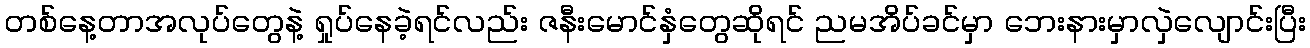
တစ်နေ့တာအလုပ်တွေနဲ့ ရှုပ်နေခဲ့ရင်လည်း ဇနီးမောင်နှံတွေဆိုရင် ညမအိပ်ခင်မှာ ဘေးနားမှာလှဲလျောင်းပြီး